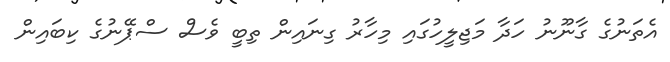
އެތަނުގެ ގާނޫނު ހަދާ މަޖިލީހުގައި މިހާރު ގިނައިން ތިބީ ވެސް ސްޕޭނުގެ ކިބައިން